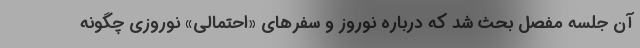
آن جلسه مفصل بحث شد که درباره نوروز و سفرهای «احتمالی» نوروزی چگونه